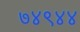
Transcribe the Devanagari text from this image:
७४९४४